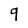
Character: 9